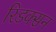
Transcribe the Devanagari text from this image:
रिडक्सन